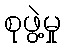
စုဖွဲ့မှု